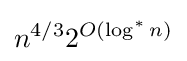
n^{4/3}2^{O(\log ^{*}n)}